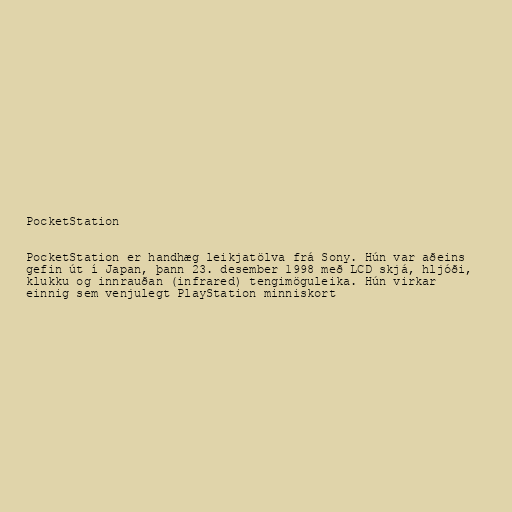
PocketStation

PocketStation er handhæg leikjatölva frá Sony. Hún var aðeins
gefin út í Japan, þann 23. desember 1998 með LCD skjá, hljóði,
klukku og innrauðan (infrared) tengimöguleika. Hún virkar
einnig sem venjulegt PlayStation minniskort